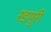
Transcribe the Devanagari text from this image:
रङपुरी